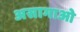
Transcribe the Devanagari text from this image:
असागाओ